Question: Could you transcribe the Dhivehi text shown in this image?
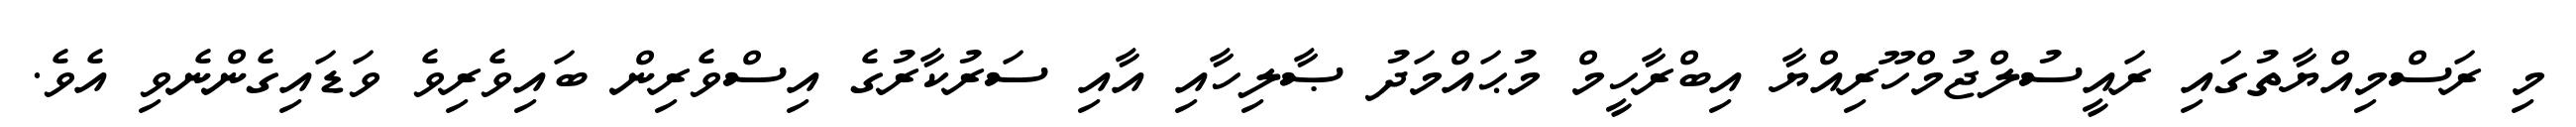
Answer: މި ރަސްމިއްޔާތުގައި ރައީސުލްޖުމްހޫރިއްޔާ އިބްރާހީމް މުޙައްމަދު ޞާލިހާއި އާއި ސަރުކާރުގެ އިސްވެރިން ބައިވެރިވެ ވަޑައިގެންނެވި އެވެ.